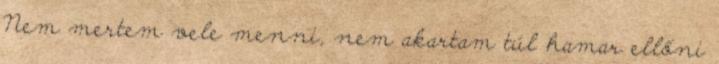
Nem mertem vele menni, nem akartam túl hamar ellőni